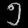
Digit: ၅